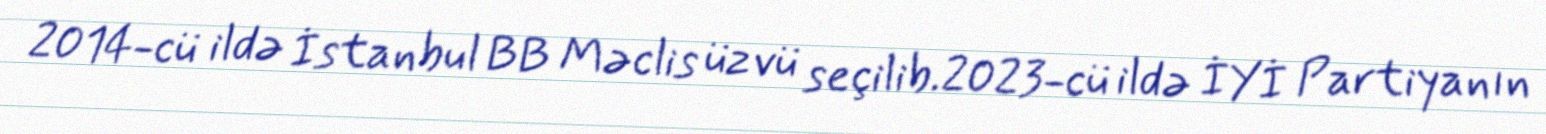
2014-cü ildə İstanbul BB Məclis üzvü seçilib.2023-cü ildə İYİ Partiyanın